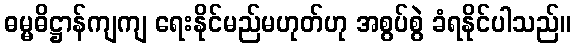
ဓမ္မဓိဋ္ဌာန်ကျကျ ရေးနိုင်မည်မဟုတ်ဟု အစွပ်စွဲ ခံရနိုင်ပါသည်။